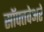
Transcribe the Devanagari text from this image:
सॉफ्तवेअरे